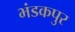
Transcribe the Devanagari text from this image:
भंडकपुर